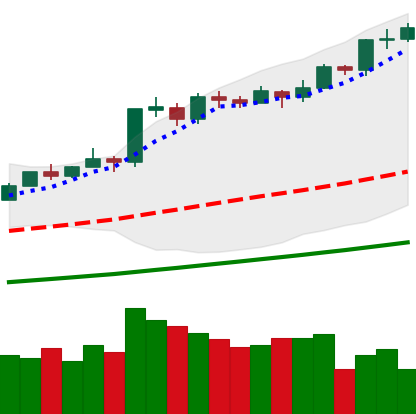
Ticker: BTC-USD
Chart end date: 2021-02-21
Forward return: -19.465%
Label: down_7plus